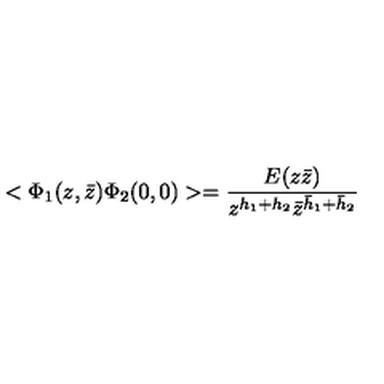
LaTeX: < \Phi _ { 1 } ( z , \bar { z } ) \Phi _ { 2 } ( 0 , 0 ) > = \frac { E ( z \bar { z } ) } { z ^ { h _ { 1 } + h _ { 2 } } \bar { z } ^ { \bar { h } _ { 1 } + \bar { h } _ { 2 } } }